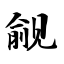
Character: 觎